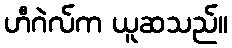
ဟီဂဲလ်က ယူဆသည်။